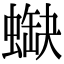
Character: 𧎯